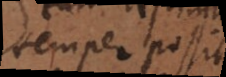
semper possit